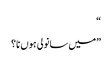
“
”میں سانولی ہوں نا؟